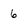
Character: 6